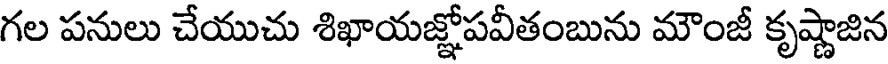
గల పనులు చేయుచు శిఖాయజ్ఞోపవీతంబును మౌంజీ కృష్ణాజిన